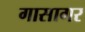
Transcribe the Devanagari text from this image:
गासागर